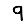
Digit: 9